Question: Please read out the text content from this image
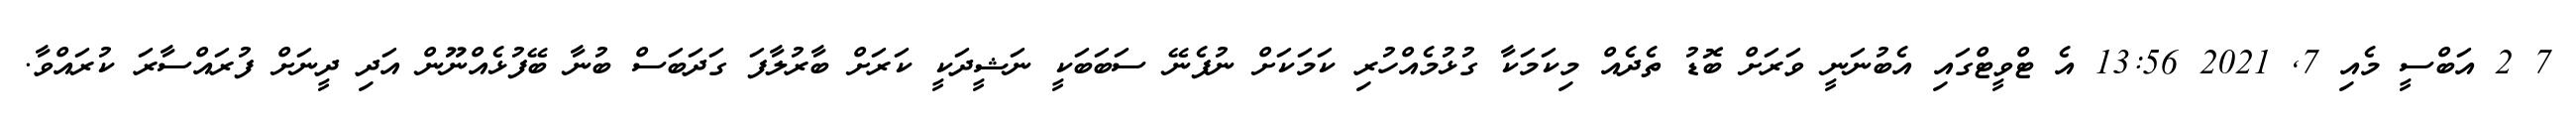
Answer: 7 2 އަބްސީ މެއި 7, 2021 13:56 އެ ޓްވީޓްގައި އެބުނަނީ ވަރަށް ބޮޑު ތެދެއް މިކަމަކާ ގުޅުމެއްހުރި ކަމަކަށް ނުފެނޭ ސަބަބަކީ ނަޝީދަކީ ކަރަށް ބާރުލާފަ ގަދަބަސް ބުނާ ބޭފުޅެއްނޫން އަދި ދީނަށް ފުރައްސާރަ ކުރައްވާ.